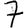
Digit: 7